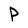
Character: P